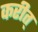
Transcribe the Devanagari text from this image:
करीत्